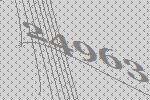
24963